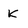
Character: k